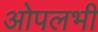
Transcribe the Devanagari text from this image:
ओपलभी